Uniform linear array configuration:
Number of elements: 32
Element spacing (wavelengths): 1
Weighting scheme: hann
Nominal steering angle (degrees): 0
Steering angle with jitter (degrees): -1.722
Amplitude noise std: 0.05
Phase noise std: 0.05

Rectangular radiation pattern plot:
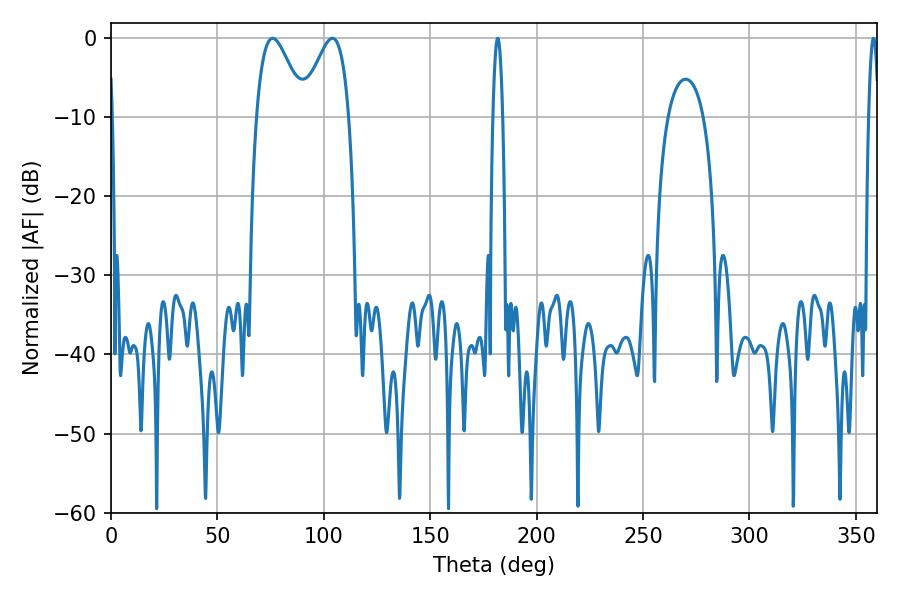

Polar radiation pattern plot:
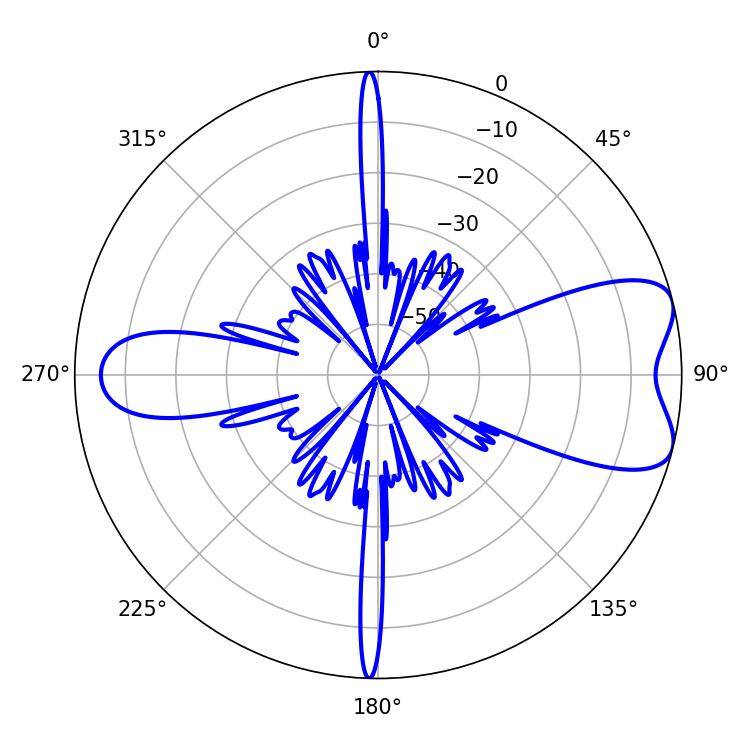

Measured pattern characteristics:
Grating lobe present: TRUE
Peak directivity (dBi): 7.368
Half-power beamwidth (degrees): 11.88
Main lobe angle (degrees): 75.96